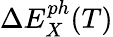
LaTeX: \Delta E_{X}^{ph}(T)